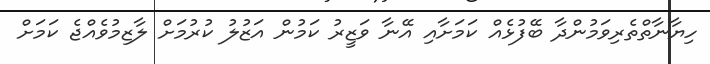
ހިޔާނާތްތެރިވަމުންދާ ބޭފުޅެއް ކަމަށާއި އޭނާ ވަޒީރު ކަމުން އަޒުލު ކުރުމަށް ލާޒިމުވެއްޖެ ކަމަށް